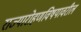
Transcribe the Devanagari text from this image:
राज्यारोहणविषयावरील